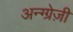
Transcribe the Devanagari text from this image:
अन्ग्ग्रेज़ी